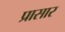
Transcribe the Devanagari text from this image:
प्रासार